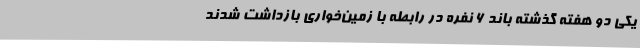
یکی دو هفته گذشته باند ۶ نفره در رابطه با زمین‌خواری بازداشت شدند